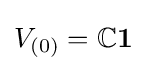
V_{(0)}=\mathbb {C} \mathbf {1}